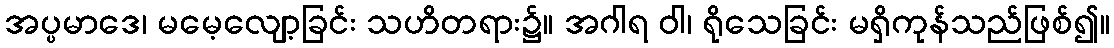
အပ္ပမာဒေ၊ မမေ့လျော့ခြင်း သဟိတရား၌။ အဂါရ ဝါ၊ ရိုသေခြင်း မရှိကုန်သည်ဖြစ်၍။